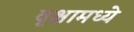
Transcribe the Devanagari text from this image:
वृक्षामध्ये